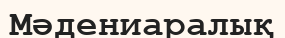
Мәдениаралық